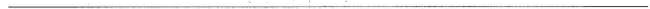
___